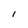
Character: l